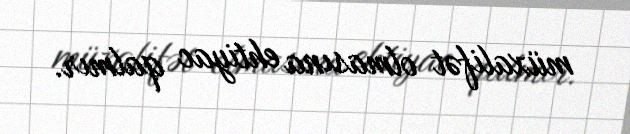
müxalifət olmasına ehtiyac qalmır.